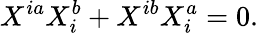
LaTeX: X^{ia}X_{i}^{b}+X^{ib}X_{i}^{a}=0.